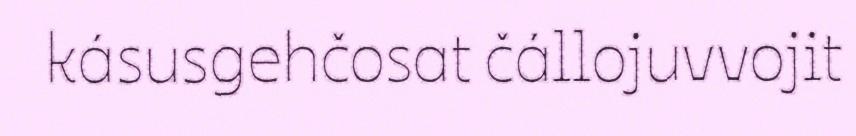
kásusgehčosat čállojuvvojit